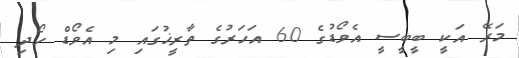
މަރޭ އަކީ ބީބީސީ އެވޯޑުގެ 60 އަހަރުގެ ތާރީޚުގައި މި އެވޯޑް ހޯދި